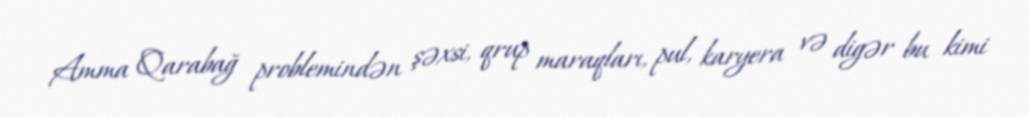
Amma Qarabağ problemindən şəxsi, qrup maraqları, pul, karyera və digər bu kimi